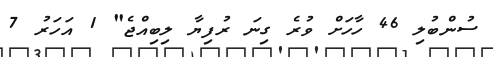
ސުންބުލި 46 ހާހަށް ވުރެ ގިނަ ރުފިޔާ ލިބިއްޖެ" 1 އަހަރު 7